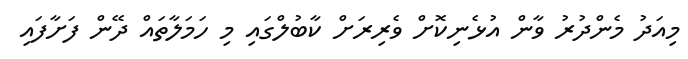
މިއަދު މެންދުރު ވާން އުޅެނިކޮށް ވެރިރަށް ކާބުލްގައި މި ހަމަލާތައް ދޭން ފަށާފައި